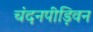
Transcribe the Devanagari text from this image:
चंदनपीड़िवन